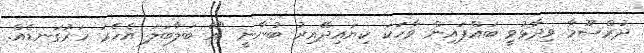
ދުރްސޫމާ ވިދާޅުވީ ބައްޕައިން ވާހަކަ ކިޔައިދޭއިރު ބުނާނީ "އޭ ބަލާބަލަ އެހެރަ ހަރުގަނޑެއް.